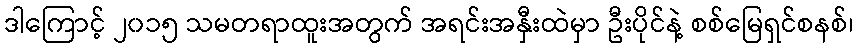
ဒါကြောင့် ၂၀၁၅ သမတရာထူးအတွက် အရင်းအနှီးထဲမှာ ဦးပိုင်နဲ့ စစ်မြေရှင်စနစ်၊